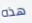
هذه